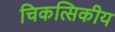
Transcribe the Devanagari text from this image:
चिकत्सिकीय